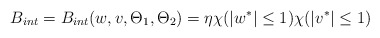
\begin{align*}B_{int}=B_{int}(w,v,\Theta_1,\Theta_2)=\eta \chi(|w^*|\leq1)\chi(|v^*|\leq1)\end{align*}